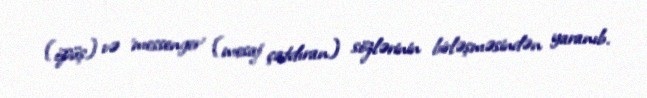
(öpüş) və 'messenger' (mesaj çatdıran) sözlərinin birləşməsindən yaranıb.